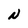
Character: N